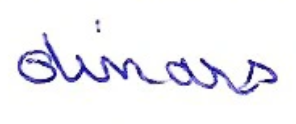
dinars